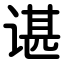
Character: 谌